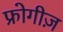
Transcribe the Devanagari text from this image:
फ्रोगीज़